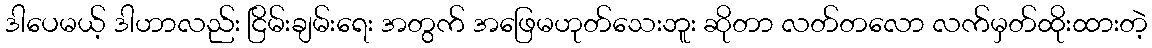
ဒါပေမယ့် ဒါဟာလည်း ငြိမ်းချမ်းရေး အတွက် အဖြေမဟုတ်သေးဘူး ဆိုတာ လတ်တလော လက်မှတ်ထိုးထားတဲ့